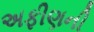
અફીણની